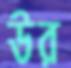
উর